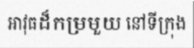
អាវុធដ៏កម្រមួយ នៅទីក្រុង